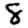
Digit: 8